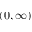
( 0 , \infty )